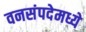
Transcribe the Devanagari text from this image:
वनसंपदेमध्ये